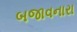
બજાવનારા